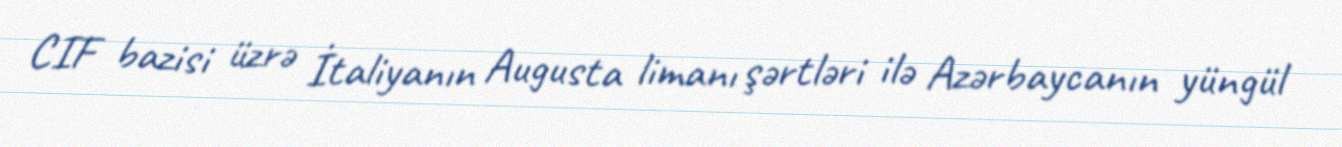
CIF bazisi üzrə İtaliyanın Augusta limanı şərtləri ilə Azərbaycanın yüngül